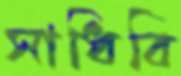
সাধিবি